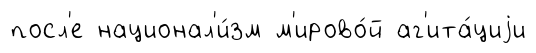
посл'е национал'и́зм м'ирово́й аг'ита́циjи